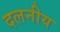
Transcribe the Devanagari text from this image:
दलनीय